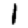
Digit: 1